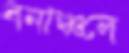
বনাঞ্চলে